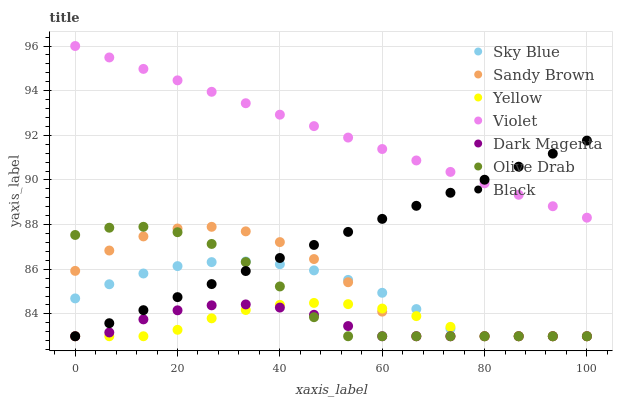
| xaxis_label | Sky Blue | Sandy Brown | Yellow | Violet | Dark Magenta | Olive Drab | Black |
 | --- | --- | --- | --- | --- | --- | --- | --- |
 | 0 | 84.7 | 85.9 | 83 | 96 | 83 | 87.5 | 83 |
 | 6.67 | 85.3 | 86.8 | 83 | 95.5 | 83.2 | 87.9 | 83.6 |
 | 13.3 | 85.8 | 87.5 | 83 | 95 | 83.8 | 87.9 | 84.2 |
 | 20 | 86.1 | 87.8 | 83.3 | 94.5 | 84.2 | 87.7 | 84.8 |
 | 26.7 | 86.3 | 87.9 | 83.8 | 93.9 | 84.4 | 87.1 | 85.3 |
 | 33.3 | 86.3 | 87.7 | 84.2 | 93.4 | 84.4 | 86.3 | 85.9 |
 | 40 | 86.2 | 87.2 | 84.4 | 92.9 | 84.3 | 85.2 | 86.5 |
 | 46.7 | 86 | 86.5 | 84.5 | 92.4 | 84 | 83.9 | 87.1 |
 | 53.3 | 85.5 | 85.4 | 84.4 | 91.9 | 83.5 | 83 | 87.7 |
 | 60 | 84.9 | 84.1 | 84.2 | 91.4 | 83 | 83 | 88.3 |
 | 66.7 | 84.2 | 83 | 83.9 | 90.9 | 83 | 83 | 88.8 |
 | 73.3 | 83.3 | 83 | 83.4 | 90.4 | 83 | 83 | 89.4 |
 | 80 | 83 | 83 | 83 | 89.8 | 83 | 83 | 90 |
 | 86.7 | 83 | 83 | 83 | 89.3 | 83 | 83 | 90.6 |
 | 93.3 | 83 | 83 | 83 | 88.8 | 83 | 83 | 91.2 |
 | 100 | 83 | 83 | 83 | 88.3 | 83 | 83 | 91.8 |